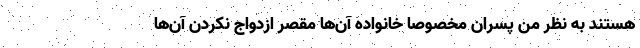
هستند به نظر من پسران مخصوصا خانواده آن‌ها مقصر ازدواج نکردن آن‌ها